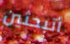
أتبحثين